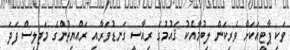
ވަކި ޕާޓީއަކަށް ވެރިކަން ލިބުމާއެކު ޤައުމުގެ ރިއާސީ ގަނޑުވަރާއި ރައްޔިތުންގެ މަޖިލިސް ފަދަ